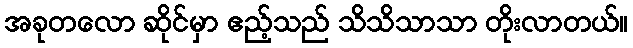
အခုတလော ဆိုင်မှာ ဧည့်သည် သိသိသာသာ တိုးလာတယ်။